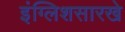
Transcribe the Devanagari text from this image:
इंग्लिशसारखे